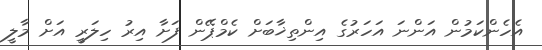
އެހެންކަމުން އަންނަ އަހަރުގެ އިންތިޚާބަށް ކެމްޕޭން ފަށާ އިރު ހިލަރީ އަށް މާލީ